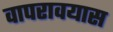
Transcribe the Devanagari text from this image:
वापरावयास